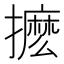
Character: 𭢹